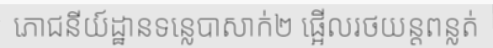
ភោជនីយ៍ដ្ឋានទន្លេបាសាក់២ ផ្អើលរថយន្តពន្លត់